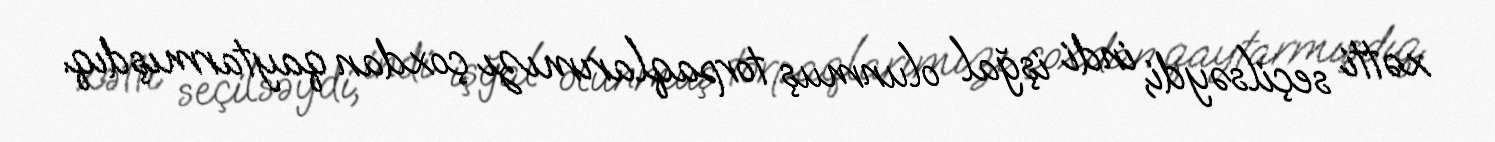
xətti seçilsəydi, indi işğal olunmuş torpaqlarımızı çoxdan qaytarmışdıq.